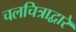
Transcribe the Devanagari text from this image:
चलचित्राद्वारे